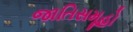
જાતિસમૂહો